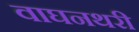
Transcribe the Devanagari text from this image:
वाघनथरी